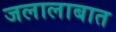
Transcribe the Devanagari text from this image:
जलालाबात